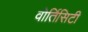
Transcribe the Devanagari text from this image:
वोर्तिसिटी